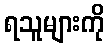
ရသူများကို